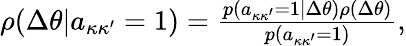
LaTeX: \begin{array}{r}{\rho(\Delta\theta|a_{\kappa\kappa^{\prime}}=1)=\frac{p(a_{\kappa\kappa^{\prime}}=1|\Delta\theta)\rho(\Delta\theta)}{p(a_{\kappa\kappa^{\prime}}=1)},}\end{array}